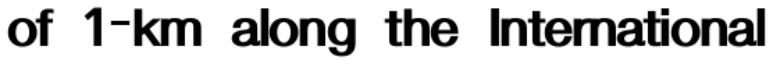
of 1-km along the International